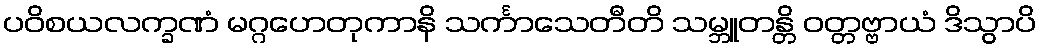
ပဝိစယလက္ခဏံ မဂ္ဂဟေတုကာနိ သင်္ကာသေတီတိ သမ္ဘူတန္တိ ဝတ္တဗ္ဗာယံ ဒိသွာပိ